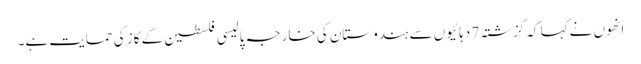
انھوں نے کہا کہ گزشتہ 7 دہائیوں سے ہندوستان کی خارجہ پالیسی فلسطین کے کاز کی حمایت ہے۔